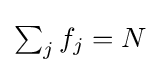
{\textstyle \sum _{j}f_{j}=N}